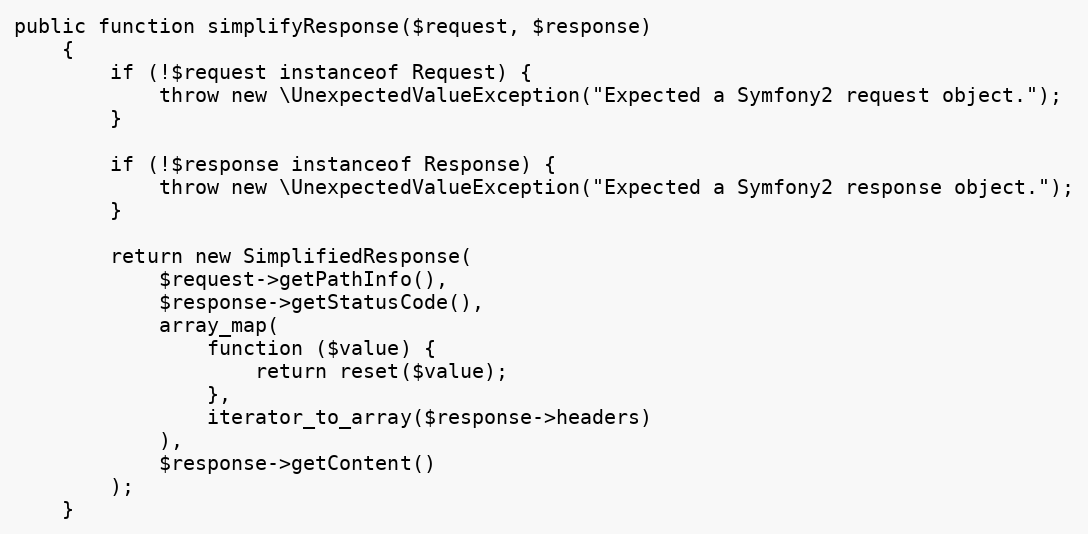
Language: PHP
public function simplifyResponse($request, $response)
    {
        if (!$request instanceof Request) {
            throw new \UnexpectedValueException("Expected a Symfony2 request object.");
        }

        if (!$response instanceof Response) {
            throw new \UnexpectedValueException("Expected a Symfony2 response object.");
        }

        return new SimplifiedResponse(
            $request->getPathInfo(),
            $response->getStatusCode(),
            array_map(
                function ($value) {
                    return reset($value);
                },
                iterator_to_array($response->headers)
            ),
            $response->getContent()
        );
    }